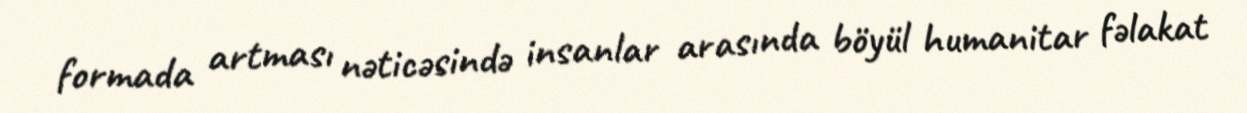
formada artması nəticəsində insanlar arasında böyül humanitar fəlakat